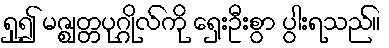
ရှု၍ မဇ္ဈတ္တပုဂ္ဂိုလ်ကို ရှေးဦးစွာ ပွါးရသည်။